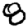
Digit: 8